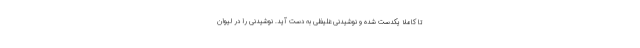
تا کاملا یکدست شده و نوشیدنی غلیظی به دست آید. نوشیدنی را در لیوان